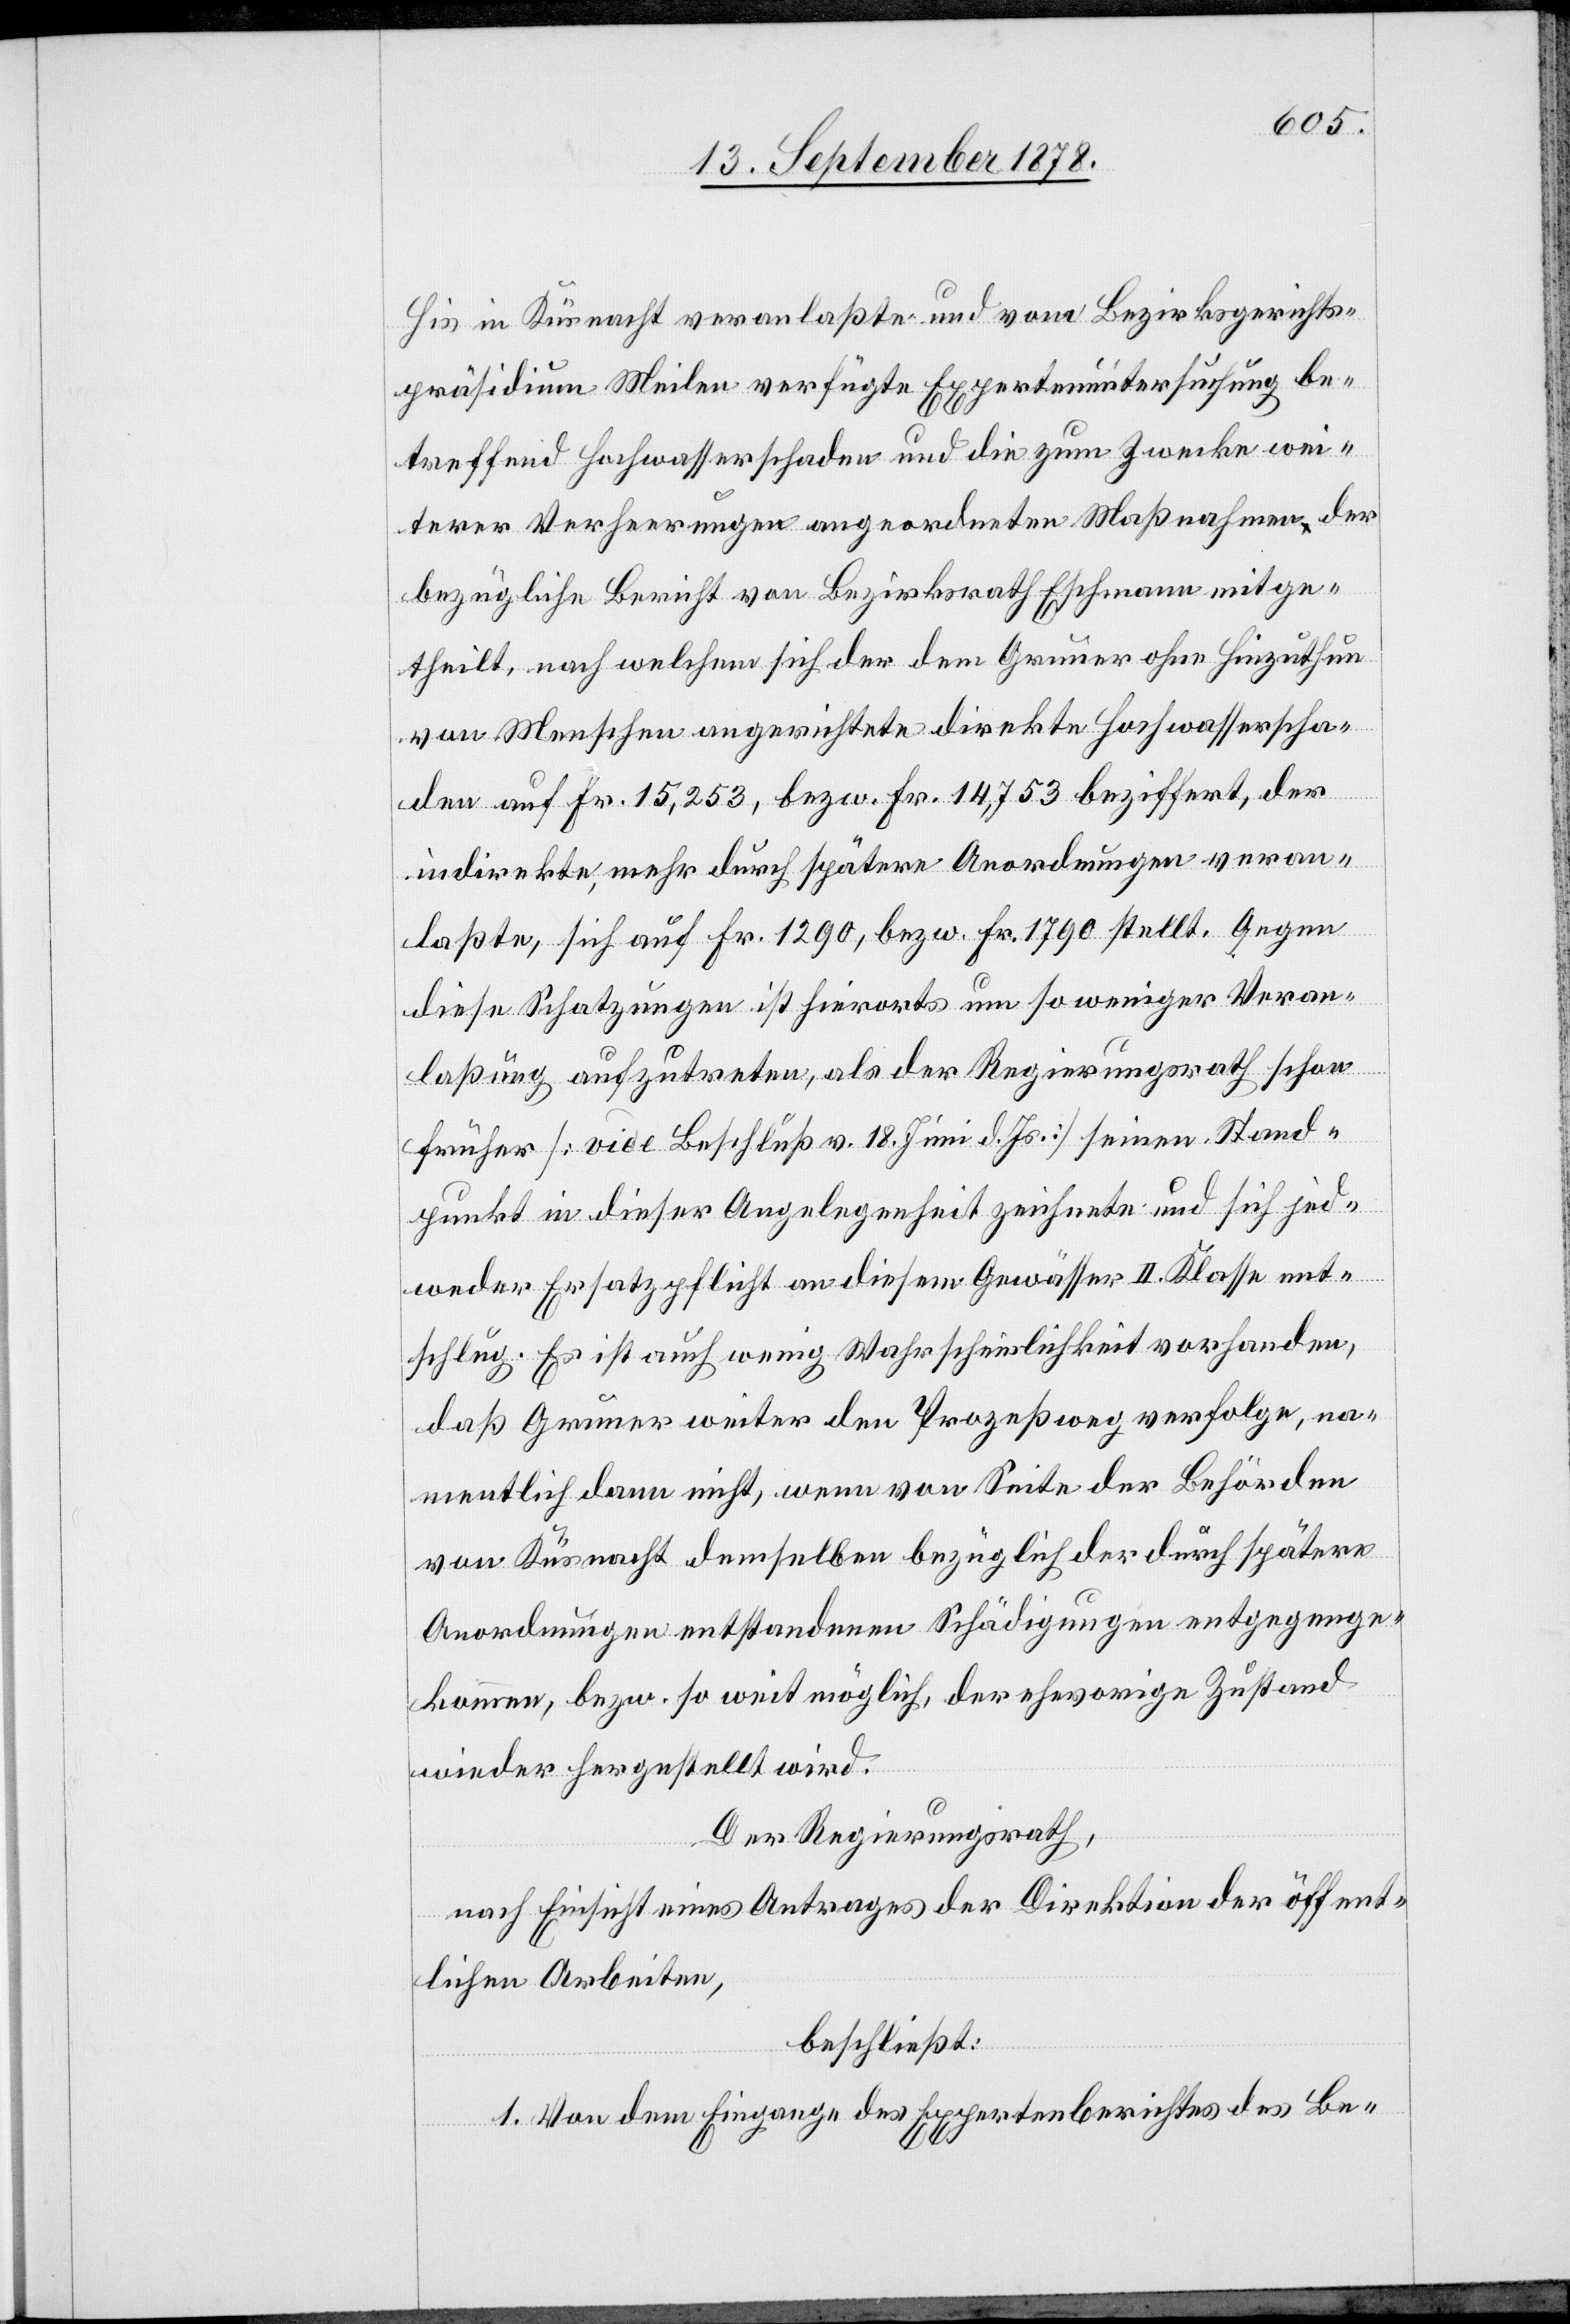
His in Küsnacht veranlaßte und vom Bezirksgerichts¬
präsidium Meilen verfügte Expertenuntersuchung be¬
treffend Hochwasserschaden und die zum Zecke wei¬
terer Verheerungen angeordneten Maßnahmen der
bezügliche Bericht von Bezirksrath Eschmann mitge¬
theilt, nach welchem sich der dem Gruner ohne Hinzuthun
von Menschen angerichtete direkte Hochwasserscha¬
den auf Fr. 15,253, bezw. Fr. 14,753 beziffert, der
indirekte, mehr durch spätere Anordnungen veran¬
laßte, sich auf Fr. 1290, bezw. Fr. 1790 stellt. Gegen
diese Schatzungen ist hierorts um so weniger Veran¬
laßung aufzutreten, als der Regierungsrath schon
früher [vide Beschluß v. 18. Juni d. Js.] seinen Stand¬
punkt in dieser Angelegenheit zeichnete und sich jed¬
weder Ersatzpflicht an diesem Gewässer II. Klasse ent¬
schlug. Es ist auch wenig Wahrscheinlichkeit vorhanden,
daß Gruner weiter den Prozeßweg verfolge, na¬
mentlich dann nicht, wenn von Seite der Behörden
von Küsnacht demselben bezüglich der durch spätere
Anordnungen entstandenen Schädigungen entgegen¬
kommen, bezw. so weit möglich, der ehevorige Zustand
wieder hergestellt wird.
Der Regierungsrath,
nach Einsicht eines Antrages der Direktion der öffent¬
lichen Arbeiten,
beschließt:
1. Von dem Eingange des Expertenberichts des Be-